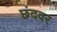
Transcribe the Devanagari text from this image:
छंदवर